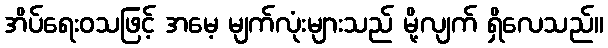
အိပ်ရေးဝသဖြင့် အမေ့ မျက်လုံးများသည် မို့လျက် ရှိလေသည်။